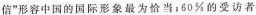
信”形容中国的国际形象最为恰当；60%的受访者